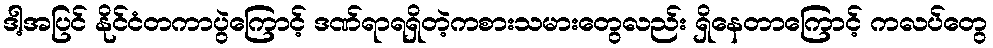
ဒါ့အပြင် နိုင်ငံတကာပွဲကြောင့် ဒဏ်ရာရရှိတဲ့ကစားသမားတွေလည်း ရှိနေတာကြောင့် ကလပ်တွေ